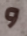
و